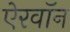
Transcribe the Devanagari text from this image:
ऐरवॉन